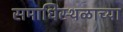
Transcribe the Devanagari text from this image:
समाधिस्थळाच्या